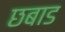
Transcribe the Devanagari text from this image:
छबाड